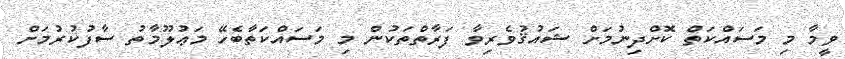
ވީމާ މި މަސައްކަތް ކޮށްދިނުމަށް ޝައުޤުވެރިވާ ފަރާތްތަކުން މި މަސައްކަތާބެހޭ މަޢުލޫމާތު ސާފުކުރުމަށް